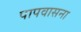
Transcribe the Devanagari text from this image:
पापवासना